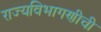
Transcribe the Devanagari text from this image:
राज्यविभागणीची